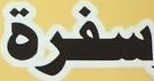
سفرة‌